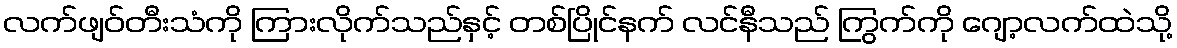
လက်ဖျဝ်တီးသံကို ကြားလိုက်သည်နှင့် တစ်ပြိုင်နက် လင်နီသည် ကြွက်ကို ဂျော့လက်ထဲသို့